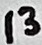
Text: 13